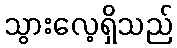
သွားလေ့ရှိသည်